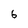
Character: 6